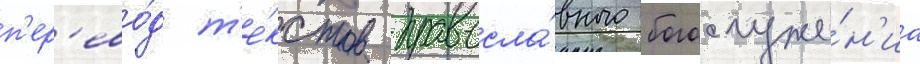
п'ер'ево́д т'е́кстов правосла́вного богослуже́н'иа